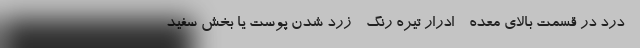
- درد در قسمت بالای معده - ادرار تیره رنگ - زرد شدن پوست یا بخش سفید